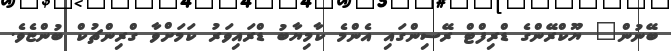
ބޭނުން" ޔޫކްރޭންގެ ޑްރިފްޓް ރޭސިންގައި އެންމެ ކާމިޔާބު ޑްރައިވަރު ކަމަށްވާ ގްރިންޗުކް ބުންޏެވެ.